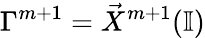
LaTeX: \Gamma^{m+1}=\vec{X}^{m+1}(\mathbb{I})